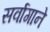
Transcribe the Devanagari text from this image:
सर्वागाने